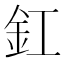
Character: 釭